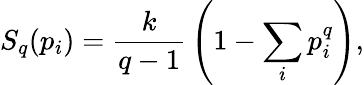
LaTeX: S_{q}({p_{i}})={\frac{k}{q-1}}\left(1-\sum_{i}p_{i}^{q}\right),